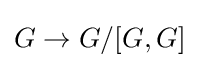
G\to G/[G,G]